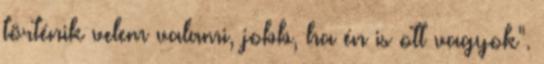
történik velem valami, jobb, ha én is ott vagyok".